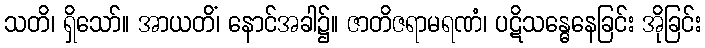
သတိ၊ ရှိသော်။ အာယတိံ၊ နောင်အခါ၌။ ဇာတိဇရာမရဏံ၊ ပဋိသန္ဓေနေခြင်း အိုခြင်း